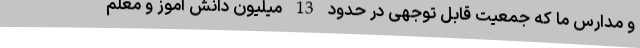
و مدارس ما که جمعیت قابل توجهی در حدود 13 میلیون دانش آموز و معلم